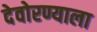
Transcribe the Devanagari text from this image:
देवोरण्याला